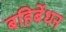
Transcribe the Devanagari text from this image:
बहिर्बेधन